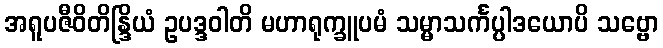
အရူပဇီဝိတိန္ဒြိယံ ဥပဒ္ဒဝါတိ မဟာရုက္ခူပမံ သမ္မာသင်္ကပ္ပါဒယောပိ သဗ္ဗော